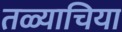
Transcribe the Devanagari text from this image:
तळ्याचिया